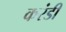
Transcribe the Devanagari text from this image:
करंडी